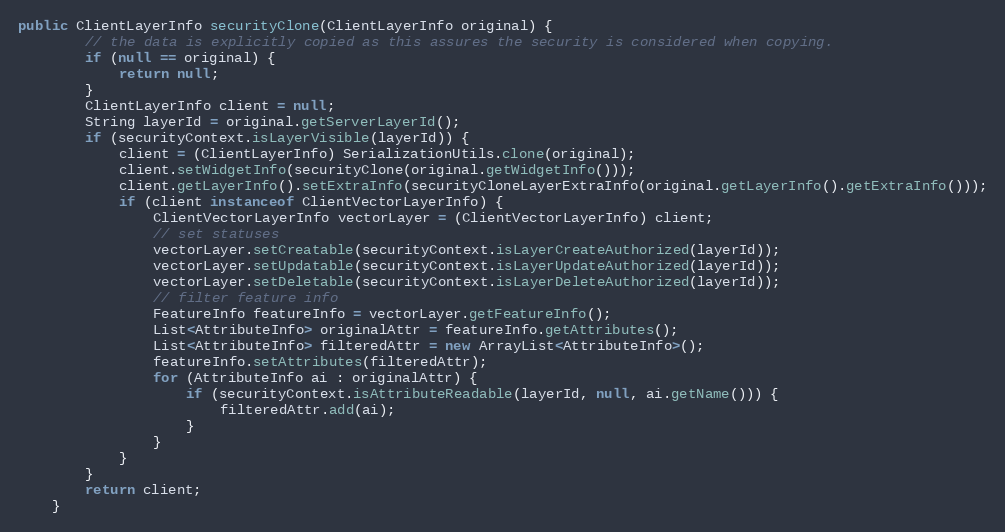
Language: Java
public ClientLayerInfo securityClone(ClientLayerInfo original) {
		// the data is explicitly copied as this assures the security is considered when copying.
		if (null == original) {
			return null;
		}
		ClientLayerInfo client = null;
		String layerId = original.getServerLayerId();
		if (securityContext.isLayerVisible(layerId)) {
			client = (ClientLayerInfo) SerializationUtils.clone(original);
			client.setWidgetInfo(securityClone(original.getWidgetInfo()));
			client.getLayerInfo().setExtraInfo(securityCloneLayerExtraInfo(original.getLayerInfo().getExtraInfo()));
			if (client instanceof ClientVectorLayerInfo) {
				ClientVectorLayerInfo vectorLayer = (ClientVectorLayerInfo) client;
				// set statuses
				vectorLayer.setCreatable(securityContext.isLayerCreateAuthorized(layerId));
				vectorLayer.setUpdatable(securityContext.isLayerUpdateAuthorized(layerId));
				vectorLayer.setDeletable(securityContext.isLayerDeleteAuthorized(layerId));
				// filter feature info
				FeatureInfo featureInfo = vectorLayer.getFeatureInfo();
				List<AttributeInfo> originalAttr = featureInfo.getAttributes();
				List<AttributeInfo> filteredAttr = new ArrayList<AttributeInfo>();
				featureInfo.setAttributes(filteredAttr);
				for (AttributeInfo ai : originalAttr) {
					if (securityContext.isAttributeReadable(layerId, null, ai.getName())) {
						filteredAttr.add(ai);
					}
				}
			}
		}
		return client;
	}